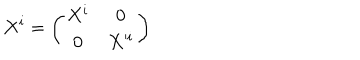
LaTeX: X ^ { i } = \left( \begin{array} { c c } { { X ^ { i } } } & { { 0 } } \\ { { 0 } } & { { X ^ { i } } } \\ \end{array} \right)